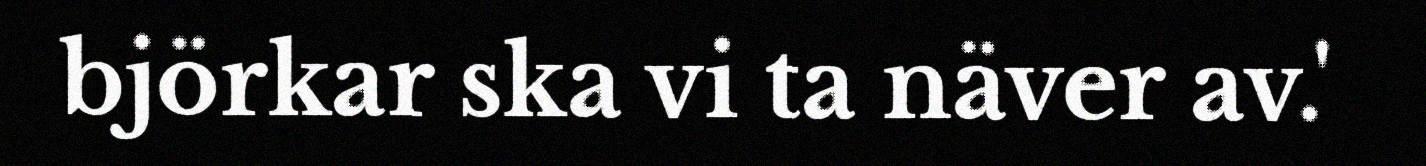
björkar ska vi ta näver av.'